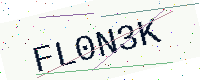
Text: FL0N3K